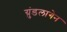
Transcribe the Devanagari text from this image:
ग्रुंडलागेन